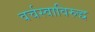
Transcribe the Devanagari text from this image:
वर्चस्वाविरुद्ध